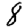
Digit: 8